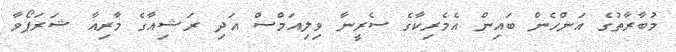
މުބާރާތުގެ އަންހެން ބައިން އެމެރިކާގެ ސެރީނާ ވިލިއަމްސް އަދި ރަޝިއާގެ މާރިއާ ޝަރަޕޯވާ